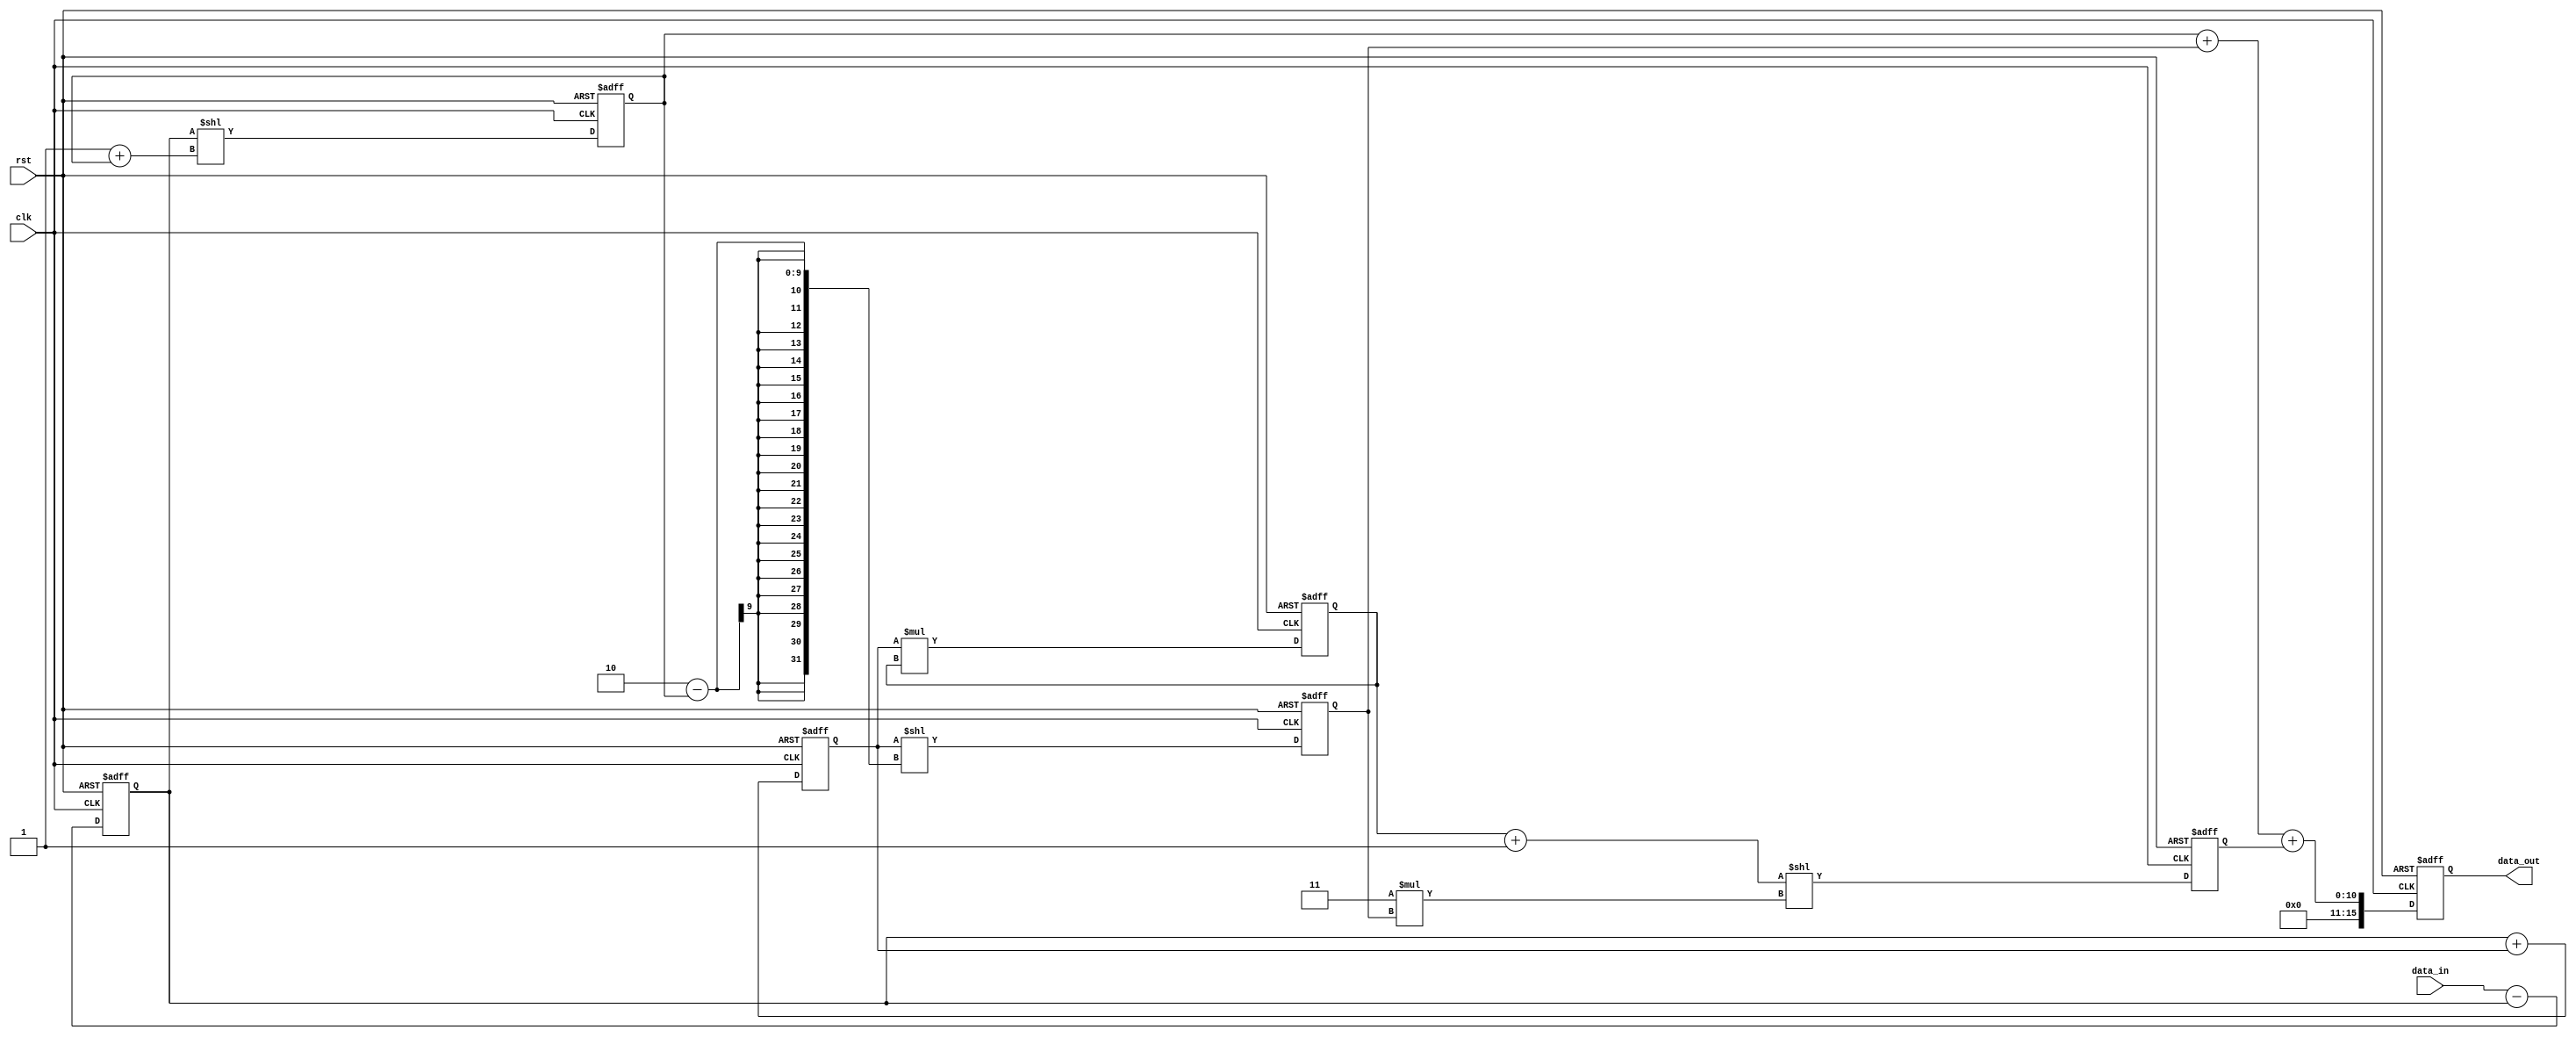
module Pipeline_Accumulator (
    input clk,
    input rst,
    input [7:0] data_in,
    output reg [15:0] data_out
);

reg [7:0] data_tmp1, data_tmp2, data_tmp3;
reg [8:0] sum1, sum2, sum3;

always @(posedge clk or posedge rst) begin
    if (rst) begin
        data_tmp1 <= 8'b0;
        data_tmp2 <= 8'b0;
        data_tmp3 <= 8'b0;
        sum1 <= 9'b0;
        sum2 <= 9'b0;
        sum3 <= 9'b0;
        data_out <= 16'b0;
    end else begin
        // Block 1 - Addition operation
        data_tmp1 <= data_in - data_tmp1;
        sum1 <= data_tmp1 << 1 + sum1;

        // Block 2 - Subtraction operation
        data_tmp2 <= data_tmp1 + data_tmp2;
        sum2 <= data_tmp2 << 2 - sum1;

        // Block 3 - Multiplication operation
        data_tmp3 <= data_tmp2 * data_tmp3;
        sum3 <= (data_tmp3 + 1) << 3 * sum2;

        // Accumulate results
        data_out <= sum1 + sum2 + sum3;
    end
end

endmodule